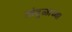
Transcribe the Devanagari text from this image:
तांदूळाच्या